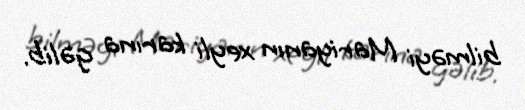
bilməyi Mariyanın xeyli karına gəlib.